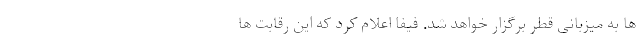
ها به میزبانی قطر برگزار خواهد شد. فیفا اعلام کرد که این رقابت ها